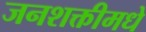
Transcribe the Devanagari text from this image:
जनशक्तीमधे